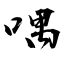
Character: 喁